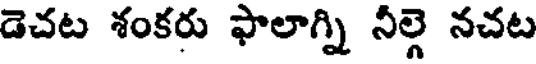
డెచట శంకరు ఫాలాగ్ని నీల్గె నచట